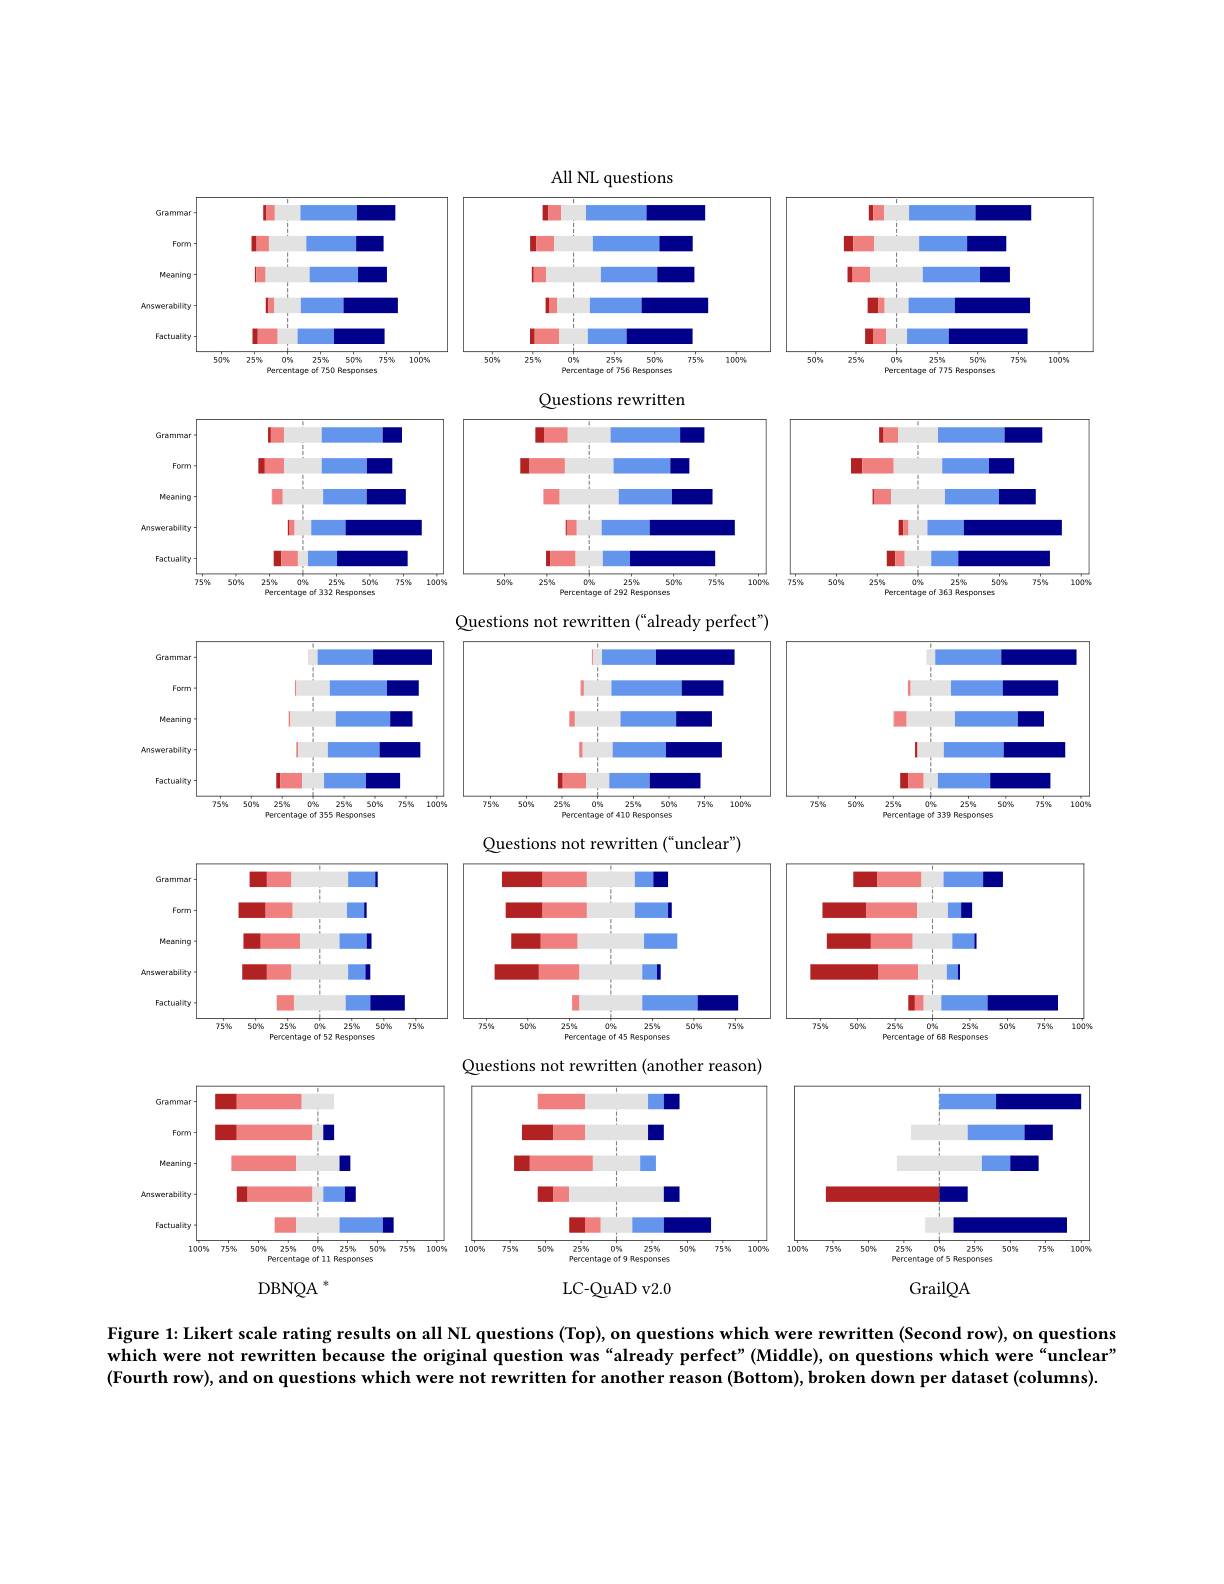
<FigureHere>
which were not rewritten because the original question was“already perfect”(Middle), on questions which were“unclear"

(Fourth row), and on questions which were not rewritten for another reason (Bottom), broken down per dataset (columns).